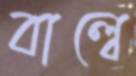
বাল্বে